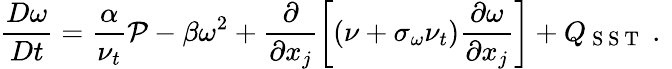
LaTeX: \frac{D\omega}{Dt}=\frac{\alpha}{\nu_{t}}\mathcal{P}-\beta\omega^{2}+\frac{\partial}{\partial x_{j}}\left[\left(\nu+\sigma_{\omega}\nu_{t}\right)\frac{\partial\omega}{\partial x_{j}}\right]+Q_{\mathrm{~S~S~T~}}\mathrm{~.~}